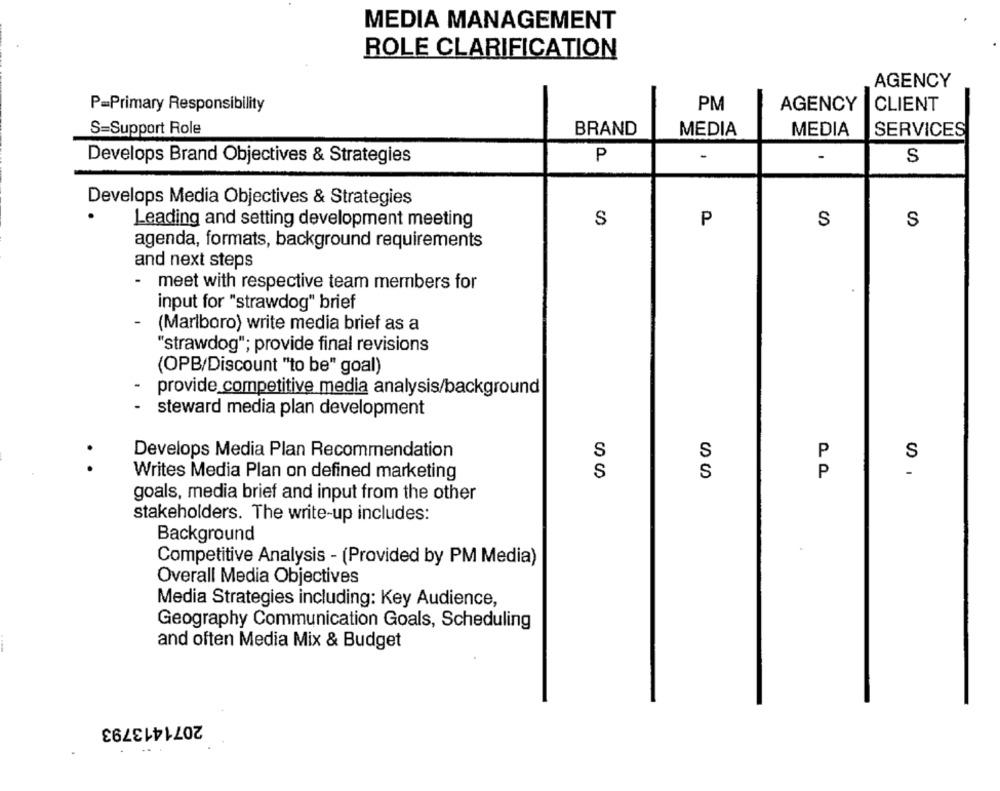
MEDIA MANAGEMENT
ROLE CLARIFICATION
AGENCY
P=Primary Responsibility
PM
AGENCY
CLIENT
S=Support Role
BRAND
MEDIA
MEDIA
SERVICES
P
-
Develops Brand Objectives & Strategies
S
Develops Media Objectives & Strategies
S
P
S
Leading and setting development meeting
S
agenda, formats, background requirements
and next steps
meet with respective team members for
input for "strawdog" brief
(Marlboro) write media brief as a
"strawdog"; provide final revisions
(OPB/Discount "to be" goal)
provide competitive media analysis/background
steward media plan development
Develops Media Plan Recommendation
S
S
P
Writes Media Plan on defined marketing
S
S
P
goals, media brief and input from the other
stakeholders. The write-up includes:
Background
Competitive Analysis - (Provided by PM Media)
Overall Media Objectives
Media Strategies including: Key Audience,
Geography Communication Goals, Scheduling
and often Media Mix & Budget
2071413793